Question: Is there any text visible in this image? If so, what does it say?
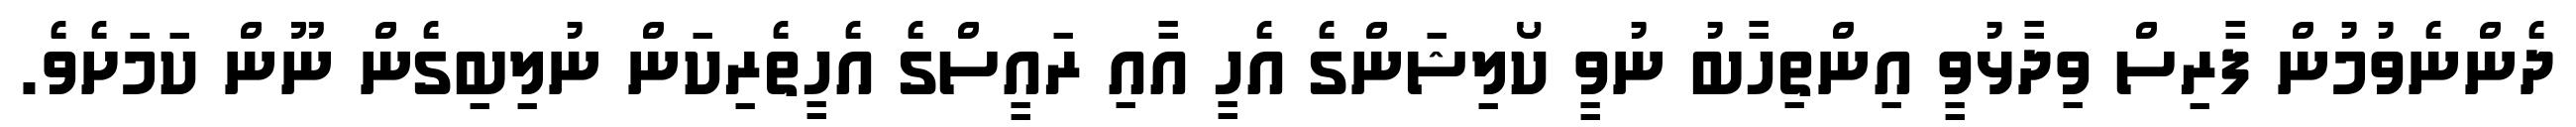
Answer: ދެންނެވުމުން ފާރިސް ވިދާޅުވީ އިންތިހާބު ނުވީ ކޯލިޝަންގެ އެހީ އާއި ރައީސްގެ އެހީތެރިކަން ނުލިބިގެން ނޫން ކަމަށެވެ.